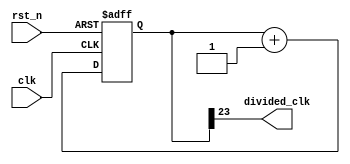
module clk_divider
# (
    parameter w = 24
)
(
    input  clk,
    input  rst_n,
    output divided_clk
);

    reg [w - 1:0] cnt;

    always @ (posedge clk or negedge rst_n)
        if (! rst_n)
            cnt <= { w { 1'b0 } };
        else
            cnt <= cnt + 1'b1;

    assign divided_clk = cnt [w - 1];

endmodule